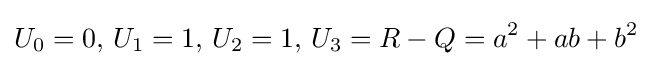
U_{0}=0,\,U_{1}=1,\,U_{2}=1,\,U_{3}=R-Q=a^{2}+ab+b^{2}